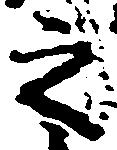
之